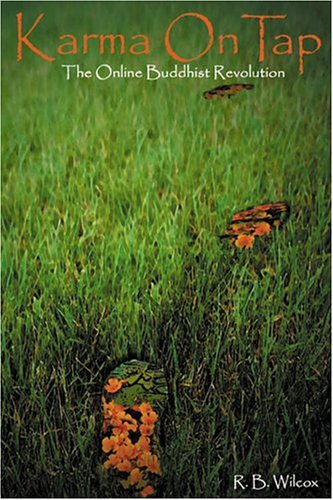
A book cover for Karma On Tap: The Online Buddhist Revolution; R. B. Wilcox; Religion & Spirituality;